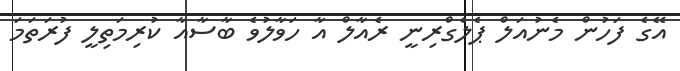
އޭގެ ފަހުން މެނުއަލް ޕެލެގްރިނީ ރެއާލް އާ ހަވާލުވެ ބާސާއާ ކުރިމަތިލީ ފުރަތަމަ